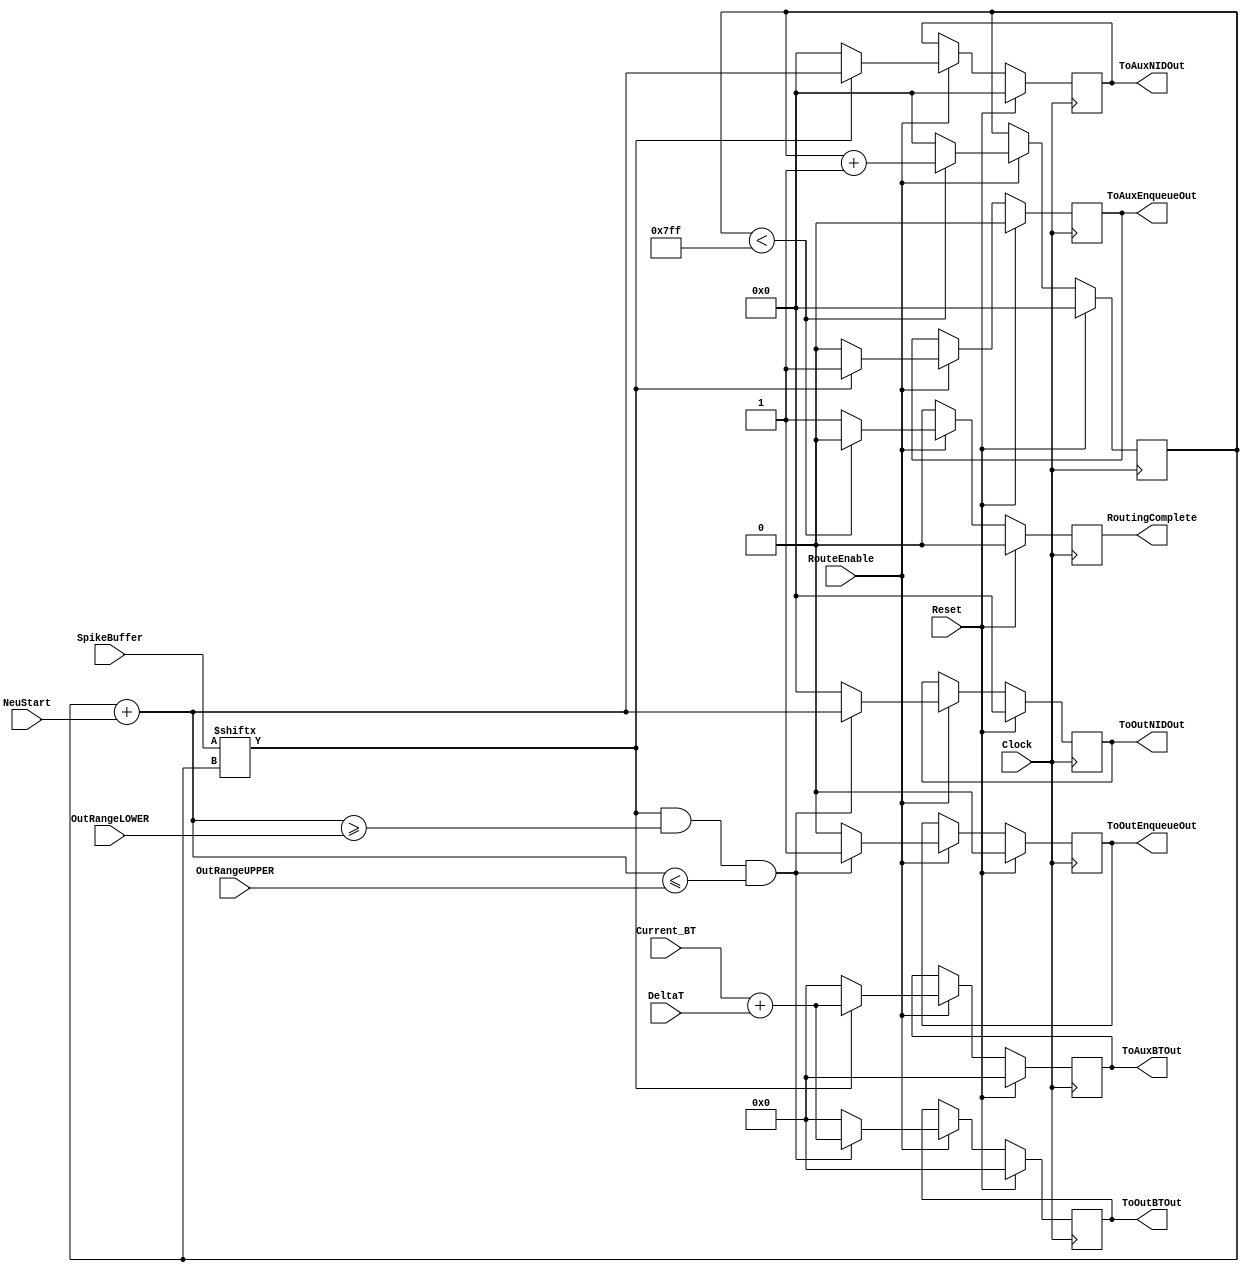
module InternalRouter
#(
	parameter NEURON_WIDTH_LOGICAL = 11,
	parameter NEURON_WIDTH = NEURON_WIDTH_LOGICAL, 
	parameter BT_WIDTH = 36, 
	parameter DELTAT_WIDTH = 4
)	
(
	//Control Inputs
	input wire Clock,
	input wire Reset,
	input wire RouteEnable,
	input wire [(BT_WIDTH-1):0] Current_BT,

	//Network Information 
	input wire [(NEURON_WIDTH-1):0] NeuStart, 
	input wire [(NEURON_WIDTH-1):0] OutRangeLOWER,
	input wire [(NEURON_WIDTH-1):0] OutRangeUPPER,

	//Global Inputs
	input wire [(DELTAT_WIDTH-1):0] DeltaT,

	//Input from NeuronUnit
	input wire [(2**NEURON_WIDTH-1):0] SpikeBuffer,				

	//output to Auxiliary Queue and maybe Output Queue
	output reg [(BT_WIDTH-1):0] ToAuxBTOut,
	output reg [(NEURON_WIDTH-1):0] ToAuxNIDOut,
	output reg [(BT_WIDTH-1):0] ToOutBTOut,
	output reg [(NEURON_WIDTH-1):0] ToOutNIDOut,

	//Control Outputs
	output reg ToAuxEnqueueOut,
	output reg ToOutEnqueueOut,
	output reg RoutingComplete

);


	wire [BT_WIDTH-1:0] DeltaT_Extended;
	reg [(NEURON_WIDTH-1):0] Current_NID;
	reg Spike;

	assign DeltaT_Extended = {{BT_WIDTH-DELTAT_WIDTH{1'b0}},DeltaT};	//pad integer bits
	
	always @ (posedge Clock) begin 
	
		if (Reset) begin 
			
			Current_NID = 0;
			Spike = 0;
			ToAuxEnqueueOut = 0;
			ToOutEnqueueOut = 0;
			RoutingComplete = 0;
			ToAuxBTOut = 0;
			ToAuxNIDOut = 0;
			ToOutBTOut = 0;
			ToOutNIDOut = 0;

		end

		else if (RouteEnable) begin 

			Spike = SpikeBuffer[Current_NID];

			ToAuxEnqueueOut = (Spike)? 1 : 0;
			ToAuxBTOut = (Spike)? Current_BT + DeltaT_Extended : 0;
			ToAuxNIDOut = (Spike)? Current_NID + NeuStart : 0;

			ToOutEnqueueOut = (Spike && (Current_NID+NeuStart >= OutRangeLOWER) && (Current_NID+NeuStart <= OutRangeUPPER)) ? 1 : 0;

			ToOutBTOut = (Spike && (Current_NID+NeuStart >= OutRangeLOWER) && (Current_NID+NeuStart <= OutRangeUPPER)) ? Current_BT + DeltaT_Extended : 0;
			ToOutNIDOut = (Spike && (Current_NID+NeuStart >= OutRangeLOWER) && (Current_NID+NeuStart <= OutRangeUPPER)) ? Current_NID + NeuStart : 0;

			RoutingComplete = (Current_NID < 2**NEURON_WIDTH -1) ? 0 : 1;
			Current_NID = (Current_NID < 2**NEURON_WIDTH -1) ? Current_NID + 1 : 0;
			
		end

		else begin 

			RoutingComplete = 0;
		
		end
	end

endmodule